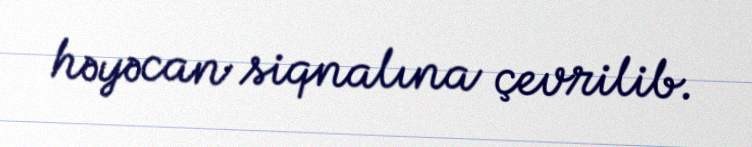
həyəcan siqnalına çevrilib.